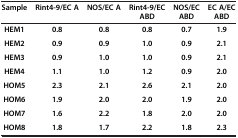
<table><thead><tr><td><b>Sample</b></td><td><b>Rint4-9/EC A</b></td><td><b>NOS/EC A</b></td><td><b>Rint4-9/EC ABD</b></td><td><b>NOS/EC ABD</b></td><td><b>EC A/EC ABD</b></td></tr></thead><tbody><tr><td><b>HEM1</b></td><td><b>0.8</b></td><td><b>0.8</b></td><td><b>0.8</b></td><td><b>0.7</b></td><td><b>1.9</b></td></tr><tr><td><b>HEM2</b></td><td><b>0.9</b></td><td><b>0.9</b></td><td><b>1.0</b></td><td><b>0.9</b></td><td><b>2.1</b></td></tr><tr><td><b>HEM3</b></td><td><b>0.9</b></td><td><b>1.0</b></td><td><b>1.0</b></td><td><b>0.9</b></td><td><b>2.1</b></td></tr><tr><td><b>HEM4</b></td><td><b>1.1</b></td><td><b>1.0</b></td><td><b>1.2</b></td><td><b>0.9</b></td><td><b>2.0</b></td></tr><tr><td><b>HOM5</b></td><td><b>2.3</b></td><td><b>2.1</b></td><td><b>2.6</b></td><td><b>2.1</b></td><td><b>2.0</b></td></tr><tr><td><b>HOM6</b></td><td><b>1.9</b></td><td><b>2.0</b></td><td><b>2.0</b></td><td><b>1.9</b></td><td><b>2.0</b></td></tr><tr><td><b>HOM7</b></td><td><b>1.6</b></td><td><b>2.2</b></td><td><b>1.8</b></td><td><b>2.0</b></td><td><b>2.0</b></td></tr><tr><td><b>HOM8</b></td><td><b>1.8</b></td><td><b>1.7</b></td><td><b>2.2</b></td><td><b>1.8</b></td><td><b>2.3</b></td></tr></tbody></table>